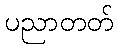
ပညာတတ်